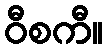
ဝီစကီ။